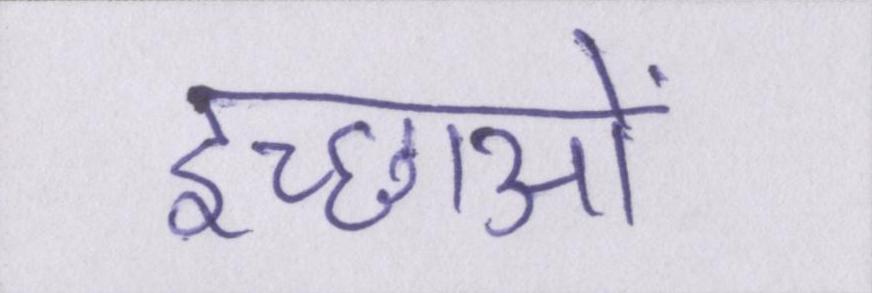
इच्छाओं